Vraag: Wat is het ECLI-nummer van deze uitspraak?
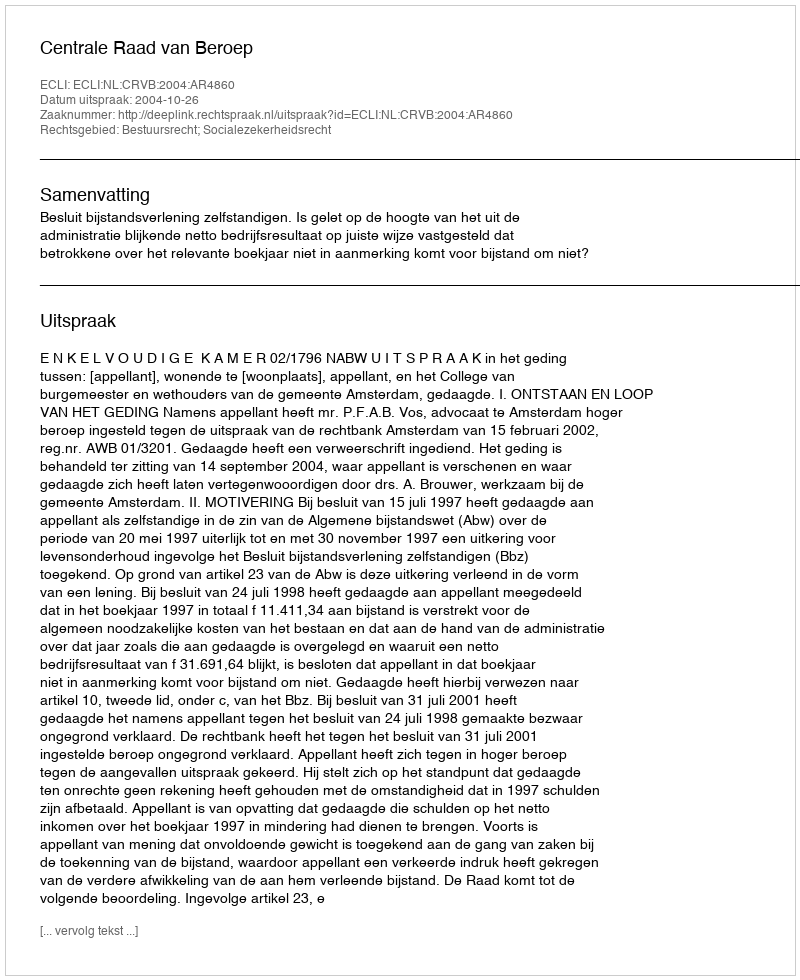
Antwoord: ECLI:NL:CRVB:2004:AR4860